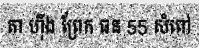
តា ហ៊ីង ព្រែក ធន 55 សំពៅ